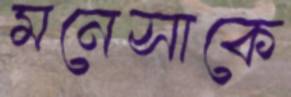
মনেসাকে